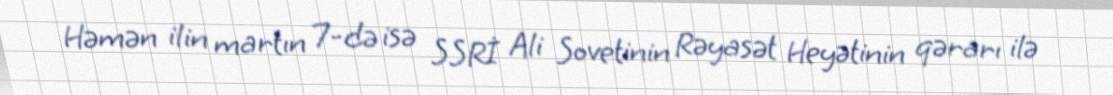
Həmən ilin martın 7-də isə SSRİ Ali Sovetinin Rəyasət Heyətinin qərarı ilə